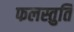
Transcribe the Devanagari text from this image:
फलस्तुति